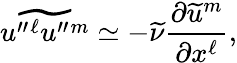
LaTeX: \widetilde{u^{\prime\prime}{}^{\ell}u^{\prime\prime}{}^{m}}\simeq-\widetilde{\nu}\frac{\partial\widetilde{u}^{m}}{\partial x^{\ell}},